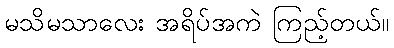
မသိမသာလေး အရိပ်အကဲ ကြည့်တယ်။